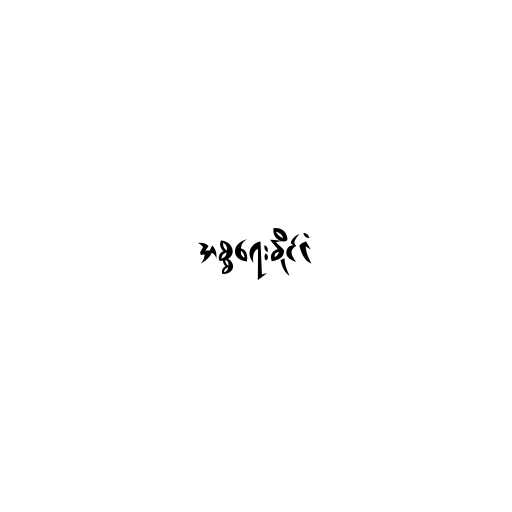
အစ္စရေးနိုင်ငံ